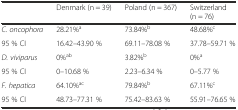
|  | Denmark (n = 39) | Poland (n = 367) | Switzerland (n = 76) |
 | --- | --- | --- | --- |
 | C. oncophora | 28.21%a | 73.84%b | 48.68%c |
 | 95 % CI | 16.42–43.90 % | 69.11–78.08 % | 37.78–59.71 % |
 | D. viviparus | 0%ab | 3.82%b | 0%a |
 | 95 % CI | 0–10.68 % | 2.23–6.34 % | 0–5.77 % |
 | F. hepatica | 64.10%ac | 79.84%b | 67.11%c |
 | 95 % CI | 48.73–77.31 % | 75.42–83.63 % | 55.91–76.65 % |